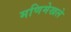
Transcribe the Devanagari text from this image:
मणिमेखले